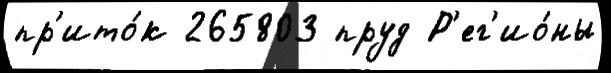
пр'ито́к 265803 пруд Р'ег'ио́ны